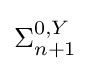
\Sigma _{n+1}^{0,Y}